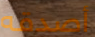
أصدقه